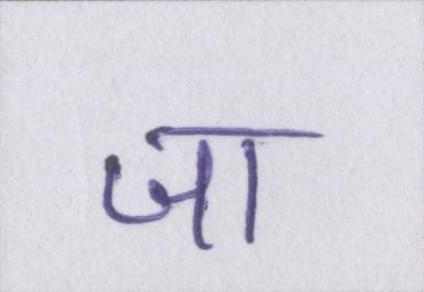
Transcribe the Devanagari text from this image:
जा